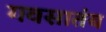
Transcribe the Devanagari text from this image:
गवसातंय